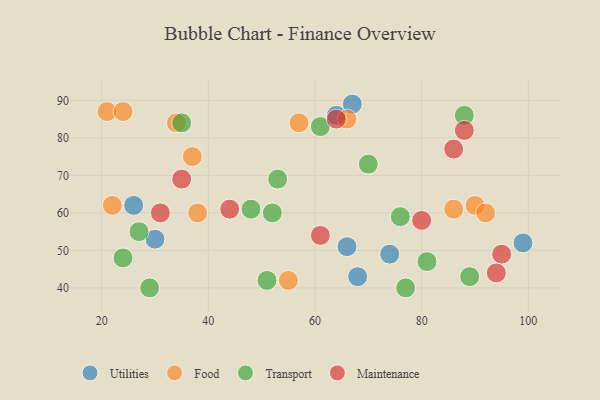
{"axis": {"x": "GDP", "y": "Life Expectancy"}, "legend": ["Food", "Maintenance", "Transport", "Utilities"], "data": [{"x": "64", "y": 86, "type": "Utilities"}, {"x": "99", "y": 52, "type": "Utilities"}, {"x": "26", "y": 62, "type": "Utilities"}, {"x": "30", "y": 53, "type": "Utilities"}, {"x": "68", "y": 43, "type": "Utilities"}, {"x": "67", "y": 89, "type": "Utilities"}, {"x": "74", "y": 49, "type": "Utilities"}, {"x": "66", "y": 51, "type": "Utilities"}, {"x": "38", "y": 60, "type": "Food"}, {"x": "90", "y": 62, "type": "Food"}, {"x": "66", "y": 85, "type": "Food"}, {"x": "21", "y": 87, "type": "Food"}, {"x": "86", "y": 61, "type": "Food"}, {"x": "22", "y": 62, "type": "Food"}, {"x": "24", "y": 87, "type": "Food"}, {"x": "37", "y": 75, "type": "Food"}, {"x": "34", "y": 84, "type": "Food"}, {"x": "57", "y": 84, "type": "Food"}, {"x": "92", "y": 60, "type": "Food"}, {"x": "55", "y": 42, "type": "Food"}, {"x": "61", "y": 83, "type": "Transport"}, {"x": "35", "y": 84, "type": "Transport"}, {"x": "81", "y": 47, "type": "Transport"}, {"x": "77", "y": 40, "type": "Transport"}, {"x": "29", "y": 40, "type": "Transport"}, {"x": "89", "y": 43, "type": "Transport"}, {"x": "24", "y": 48, "type": "Transport"}, {"x": "53", "y": 69, "type": "Transport"}, {"x": "52", "y": 60, "type": "Transport"}, {"x": "88", "y": 86, "type": "Transport"}, {"x": "70", "y": 73, "type": "Transport"}, {"x": "27", "y": 55, "type": "Transport"}, {"x": "48", "y": 61, "type": "Transport"}, {"x": "51", "y": 42, "type": "Transport"}, {"x": "76", "y": 59, "type": "Transport"}, {"x": "86", "y": 77, "type": "Maintenance"}, {"x": "95", "y": 49, "type": "Maintenance"}, {"x": "64", "y": 85, "type": "Maintenance"}, {"x": "31", "y": 60, "type": "Maintenance"}, {"x": "94", "y": 44, "type": "Maintenance"}, {"x": "44", "y": 61, "type": "Maintenance"}, {"x": "61", "y": 54, "type": "Maintenance"}, {"x": "80", "y": 58, "type": "Maintenance"}, {"x": "35", "y": 69, "type": "Maintenance"}, {"x": "88", "y": 82, "type": "Maintenance"}]}